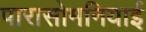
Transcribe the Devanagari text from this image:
पारासोमनियाई